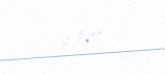
2 527